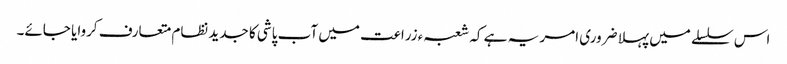
اس سلسلے میں پہلا ضروری امر یہ ہے کہ شعبہء زراعت میں آب پاشی کا جدید نظام متعارف کروایا جائے۔